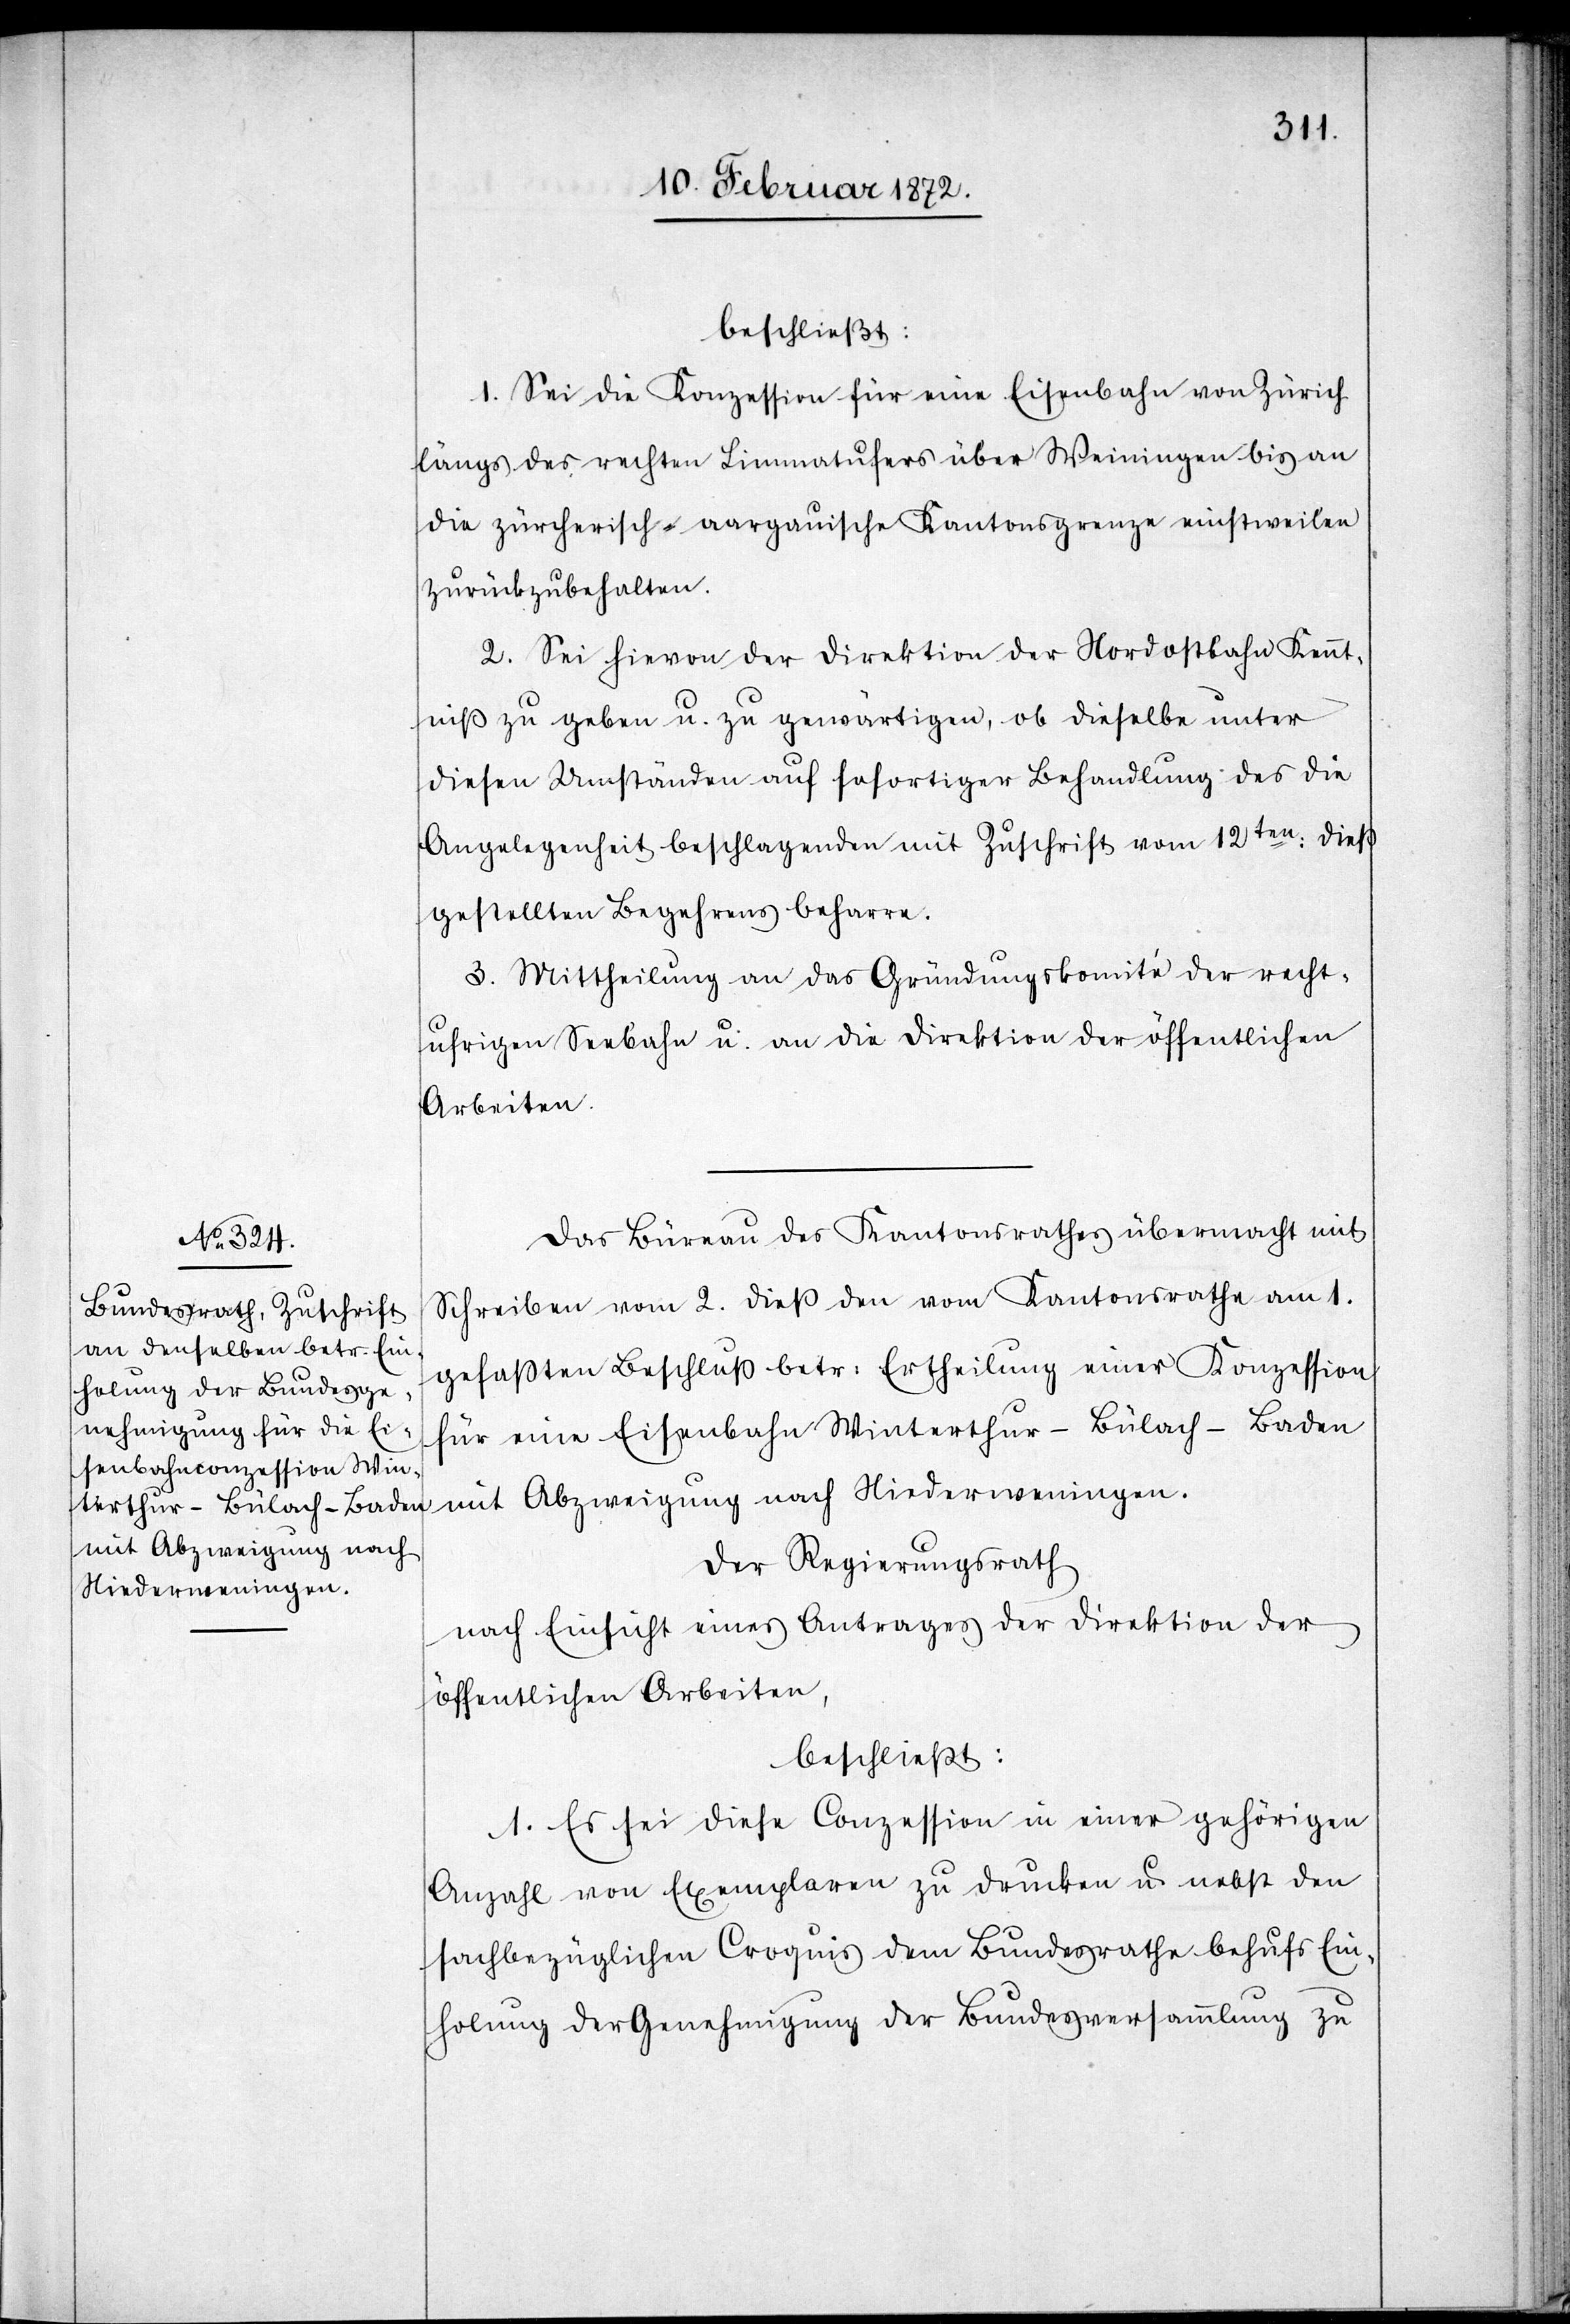
beschließt:
1. Sei die Konzession für eine Eisenbahn von Zürich
längs des rechten Limmatufers über Weiningen bis an
die zürcherisch-aargauische Kantonsgrenze einstweilen
zurückzubehalten.
2. Sei hievon der Direktion der Nordostbahn Kennt¬
niß zu geben u. zu gewärtigen, ob dieselbe unter
diesen Umständen auf sofortiger Behandlung des die
Angelegenheit beschlagenden mit Zuschrift vom 12ten die
gestellten Begehrens beharre.
3. Mittheilung an das Gründungskomité der recht¬
ufrigen Seebahn u. an die Direktion der öffentlichen
Arbeiten.
Das Büreau des Kantonsrathes übermacht mit
Schreiben vom 2. dieß den vom Kantonsrathe am 1.
gefaßten Beschluß betr. Ertheilung einer Konzession
für eine Eisenbahn Winterthur–Bülach–Baden
mit Abzweigung nach Neiderweningen.
Der Regierungsrath
nach Einsicht eines Antrages der Direktion der
öffentlichen Arbeiten,
beschließt:
1. Es sei diese Conzession in einer gehörigen
Anzahl von Exemplaren zu drucken u. nebst den
sachbezüglichen Croquis dem Bundesrathe behufs Ein¬
holung der Genehmigung der Bundesversammlung zu